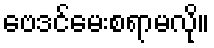
ဗေဒင်မေးစရာမလို။